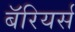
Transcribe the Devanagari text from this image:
बॅरियर्स